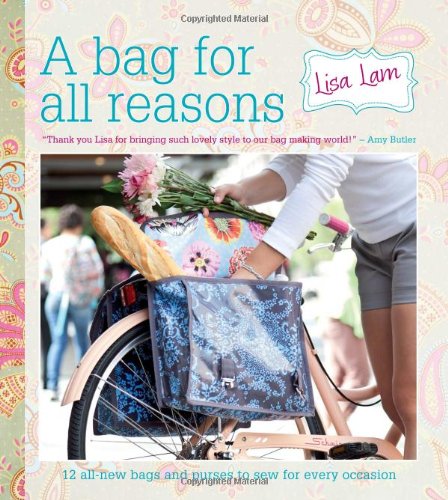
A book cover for A Bag for All Reasons: 12 all-new bags and purses to sew for every occasion; Lisa Lam; Crafts, Hobbies & Home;